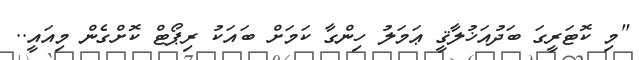
"މި ކޮޓަރީގަ ބަދުއަޚުލާޤީ ޢަމަލު ހިންގާ ކަމަށް ބައަކު ރިޕޯޓް ކޮށްގެން މިއައީ..